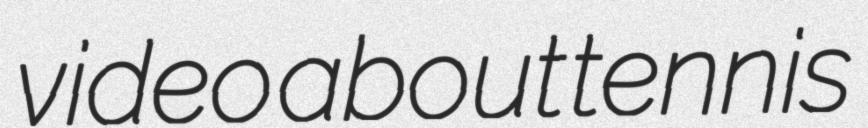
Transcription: video about tennis